Report of the Indian Hemp Drugs Commission, 1894-1895 - Volume IV
Year: 1894
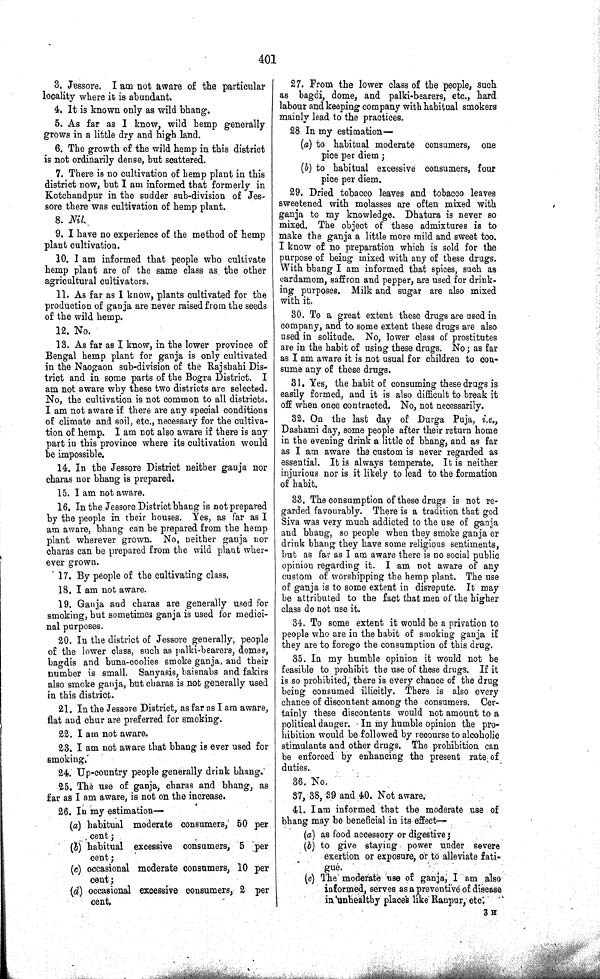
401
3. Jessore. I am not aware of the particular
locality where it is abundant.
4. It is known only as wild bhang.
5. As far as I know, wild hemp generally
grows in a little dry and high land.
6. The growth of the wild hemp in this district
is not ordinarily dense, but scattered.
7. There is no cultivation of hemp plant in this
district now, but I am informed that formerly in
Kotchandpur in the sudder sub-division of Jes-
sore there was cultivation of hemp plant.
8. Nil.
9. I have no experience of the method of hemp
plant cultivation.
10. I am informed that people who cultivate
hemp plant are of the same class as the other
agricultural cultivators.
11. As far as I know, plants cultivated for the
production of ganja are never raised from the seeds
of the wild hemp.
12. No.
13. As far as I know, in the lower province of
Bengal hemp plant for ganja is only cultivated
in the Naogaon sub-division of the Rajshahi Dis-
trict and in some parts of the Bogra District. I
am not aware why these two districts are selected.
No, the cultivation is not common to all districts.
I am not aware if there are any special conditions
of climate and soil, etc., necessary for the cultiva-
tion of hemp. I am not also aware if there is any
part in this province where its cultivation would
be impossible.
14. In the Jessore District neither ganja nor
charas nor bhang is prepared.
15. I am not aware.
16. In the Jessore District bhang is not prepared
by the people in their houses. Yes, as far as I
am aware, bhang can be prepared from the hemp
plant wherever grown. No, neither ganja nor
charas can be prepared from the wild plant wher-
ever grown.
17. By people of the cultivating class.
18. I am not aware.
19. Ganja and charas are generally used for
smoking, but sometimes ganja is used for medici-
nal purposes.
20. In the district of Jessore generally, people
of the lower class, such as palki-bearers, domes,
bagdis and buna-coolies smoke ganja, and their
number is small. Sanyasis, baisnabs and fakirs
also smoke ganja, but charas is not generally used
in this district.
21. In the Jessore District, as far as I am aware,
flat and chur are preferred for smoking.
22. I am not aware.
23. I am not aware that bhang is ever used for
smoking.
24. Up-country people generally drink bhang.
25. The use of ganja, charas and bhang, as
far as I am aware, is not on the increase.
26. In my estimation—
(a) habitual moderate consumers, 50 per
cent;
(b) habitual excessive consumers, 5 per
cent;
(c) occasional moderate consumers, 10 per
cent;
(d) occasional excessive consumers, 2 per
cent.
27. From the lower class of the people, such
as bagdi, dome, and palki-bearers, etc., hard
labour and keeping company with habitual smokers
mainly lead to the practices.
28 In my estimation-
(a) to habitual moderate consumers, one
pice per diem;
(b) to habitual excessive consumers, four
pice per diem.
29. Dried tobacco leaves and tobacco leaves
sweetened with molasses are often mixed with
ganja to my knowledge. Dhatura is never so
mixed. The object of these admixtures is to
make the ganja a little more mild and sweet too.
I know of no preparation which is sold for the
purpose of being mixed with any of these drugs.
With bhang I am informed that spices, such as
cardamom, saffron and pepper, are used for drink-
ing purposes. Milk and sugar are also mixed
with it.
30. To a great extent these drugs are used in
company, and to some extent these drugs are also
used in solitude. No, lower class of prostitutes
are in the habit of using these drugs. No; as far
as I am aware it is not usual for children to con-
sume any of these drugs.
31. Yes, the habit of consuming these drugs is
easily formed, and it is also difficult to break it
off when once contracted. No, not necessarily.
32. On the last day of Durga Puja, i.e.,
Dashami day, some people after their return home
in the evening drink a little of bhang, and as far
as I am aware the custom is never regarded as
essential. It is always temperate. It is neither
injurious nor is it likely to lead to the formation
of habit.
33. The consumption of these drugs is not re-
garded favourably. There is a tradition that god
Siva was very much addicted to the use of ganja
and bhang, so people when they smoke ganja or
drink bhang they have some religious sentiments,
but as far as I am aware there is no social public
opinion regarding it. I am not aware of any
custom of worshipping the hemp plant. The use
of ganja is to some extent in disrepute. It may
be attributed to the fact that men of the higher
class do not use it.
34. To some extent it would be a privation to
people who are in the habit of smoking ganja if
they are to forego the consumption of this drug.
35. In my humble opinion it would not be
feasible to prohibit the use of these drugs. If it
is so prohibited, there is every chance of the drug
being consumed illicitly. There is also every
chance of discontent among the consumers. Cer-
tainly these discontents would not amount to a
political danger. In my humble opinion the pro-
hibition would be followed by recourse to alcoholic
stimulants and other drugs. The prohibition can
be enforced by enhancing the present rate of
duties.
36. No.
37, 38, 39 and 40. Not aware.
41. I am informed that the moderate use of
bhang may be beneficial in its effect-
(a) as food accessory or digestive;
(b) to give staying power under severe
exertion or exposure, or to alleviate fati-
gue.
(c) The moderate use of ganja, I am also
informed, serves as a preventive of disease
in unhealthy places like Ranpur, etc.
3 H